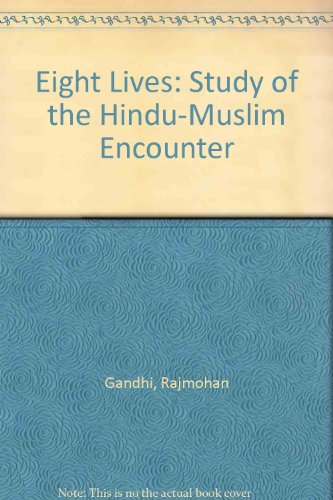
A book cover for Eight Lives: A Study of the Hindu-Muslim Encounter; Rajmohan Gandhi; Religion & Spirituality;